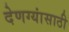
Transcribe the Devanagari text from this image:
देणग्यांसाठी